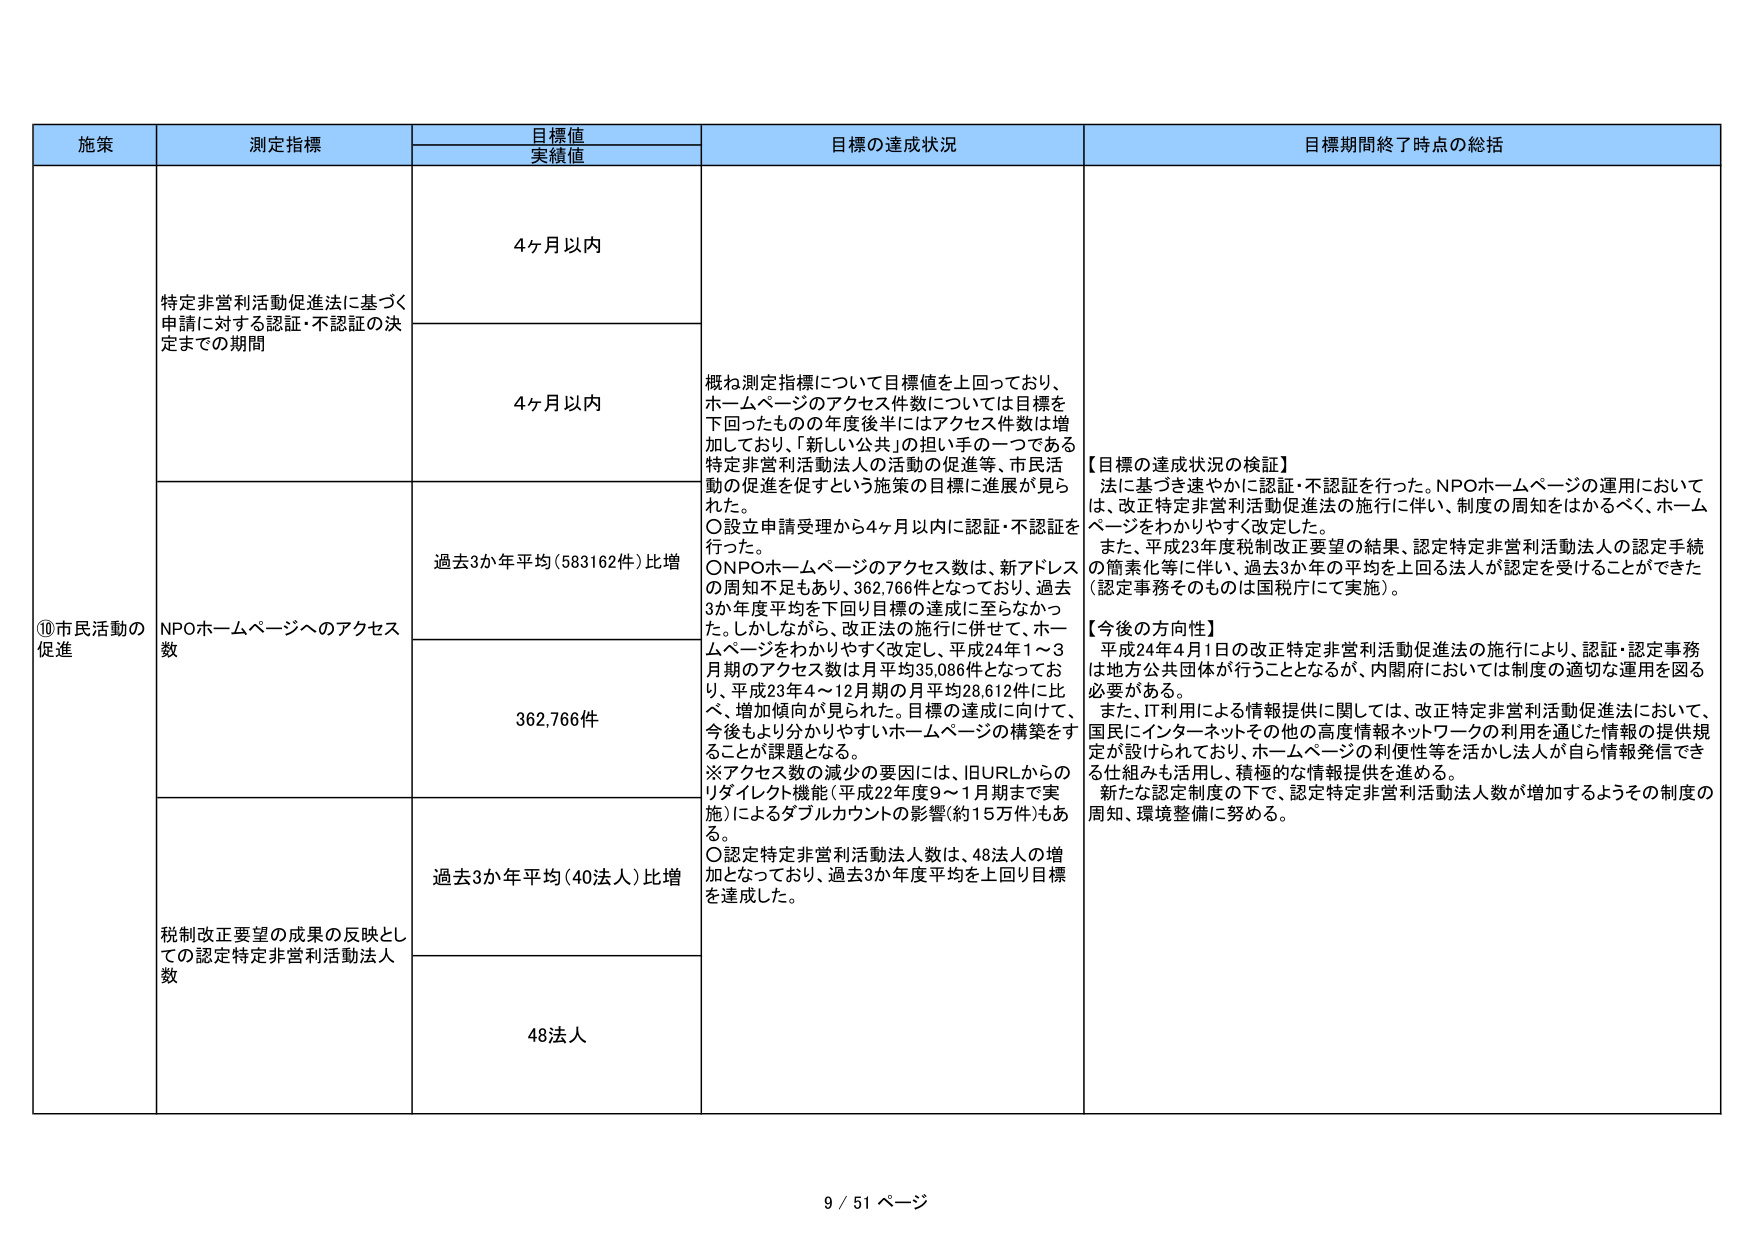
施策
測定指標
目標値
実績値
目標の達成状況
目標期間終了時点の総括
①市民活動の促進
特定非営利活動促進法に基づく申請に対する認証・不認証の決定までの期間
4ヶ月以内
概ね測定指標について目標値を上回っており、ホームページのアクセス件数については目標を下回ったものの年度後半にはアクセス件数は増加しており、「新しい公共」の担い手の一つである特定非営利活動法人の活動の促進等、市民活動の促進を促すという施策の目標に進展が見られた。
○設立申請受理から4ヶ月以内に認証・不認証を行った。
ONPOホームページのアクセス数は、新アドレスの周知不足もあり、362,766件となっており、過去3か年度平均を下回り目標の達成に至らなかった。しかしながら、改正法の施行に併せて、ホームページをわかりやすく改定し、平成24年1～3月期のアクセス数は月平均35,086件となっており、平成23年4～12月期の月平均28,612件に比べ、増加傾向が見られた。目標の達成に向けて、今後もより分かりやすいホームページの構築をすることが課題となる。
※アクセス数の減少の要因には、旧URLからのリダイレクト機能（平成22年度9～1月期まで実施）によるダブルカウントの影響（約15万件）もある。
○認定特定非営利活動法人数は、48法人の増加となっており、過去3か年度平均を上回り目標を達成した。
【目標の達成状況の検証】
法に基づき速やかに認証・不認証を行った。NPOホームページの運用においては、改正特定非営利活動促進法の施行に伴い、制度の周知をはかるべく、ホームページをわかりやすく改定した。
また、平成23年度税制改正要望の結果、認定特定非営利活動法人の認定手続の簡素化等に伴い、過去3か年の平均を上回る法人が認定を受けることができた（認定事務そのものは国税庁にて実施）。
【今後の方向性】
平成24年4月1日の改正特定非営利活動促進法の施行により、認証・認定事務は地方公共団体が行うこととなるが、内閣府においては制度の適切な運用を図る必要がある。
また、IT利用による情報提供に関しては、改正特定非営利活動促進法において、国民にインターネットその他の高度情報ネットワークの利用を通じた情報の提供規定が設けられており、ホームページの利便性等を活かし法人が自ら情報発信できる仕組みも活用し、積極的な情報提供を進める。
新たな認定制度の下で、認定特定非営利活動法人人数が増加するようその制度の周知、環境整備に努める。
NPOホームページへのアクセス数
4ヶ月以内
過去3か年平均（583,162件）比増
362,766件
税制改正要望の成果の反映としての認定特定非営利活動法人数
過去3か年平均（40法人）比増
48法人
9 / 51 ページ